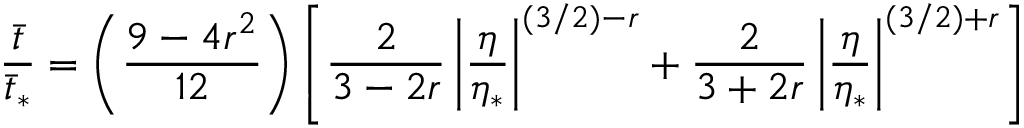
{ \frac { \bar { t } } { \bar { t } _ { * } } } = \left( { \frac { 9 - 4 r ^ { 2 } } { 1 2 } } \right) \left[ { \frac { 2 } { 3 - 2 r } } \left| { \frac { \eta } { \eta _ { * } } } \right| ^ { ( 3 / 2 ) - r } + { \frac { 2 } { 3 + 2 r } } \left| { \frac { \eta } { \eta _ { * } } } \right| ^ { ( 3 / 2 ) + r } \right]